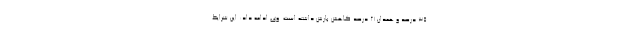
۳۵ درصد و همدان ۲۱ درصد کاهش بارش داشته است. وی ادامه داد: این شرایط